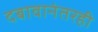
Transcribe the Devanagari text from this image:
दबावानंतरही